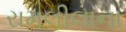
રામલીલાના